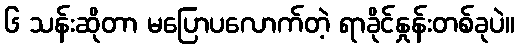
၆ သန်းဆိုတာ မပြောပလောက်တဲ့ ရာခိုင်နှုန်းတစ်ခုပဲ။